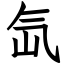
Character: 氙